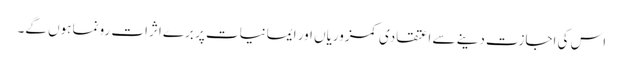
اس کی اجازت دینے سے اعتقادی کمزوریاں اور ایمانیات پر برے اثرات رونما ہوں گے۔